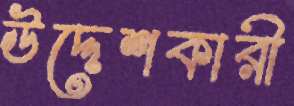
উদ্দেশকারী